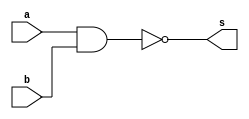
// -------------------------
// Exemplo_0509 - GATES
// Nome: Anna Puga Campos Rodrigues
// -------------------------
// -------------------------
// previso de testes
//      m a b s
//      0 0 0 1
//      1 0 1 1 
//      2 1 0 1
//      3 1 1 0
//
// -------------------------
module NAND ( output s,
input a,
input b );
// descrever por portas
nand NAND1 ( s, a, b);
endmodule // NAND
// ------------------------- definir dados
module EX_8;
reg x;
reg y;
wire s;
NAND MODULO1 (s, x, y);
// ------------------------- parte principal
initial
begin : main
$display("Exemplo_0508 - Anna Puga Campos Rodrigues - 694370");
$display("proposicao (~a | ~b) - nand"); //(~a | ~b) = ~(a & b)
$display("   x    y    resposta");
// projetar testes do modulo
$monitor("%4b %4b %7b ", x, y, s);
   x = 1'b0; y = 1'b0;
#1 x = 1'b0; y = 1'b1;
#1 x = 1'b1; y = 1'b0;
#1 x = 1'b1; y = 1'b1;
end
endmodule // EX_8